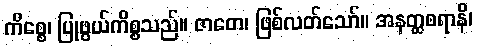
ကိစ္စေ၊ ပြုဖွယ်ကိစ္စသည်။ ဇာတေ၊ ဖြစ်လတ်သော်။ အနတ္ထစရာနိ၊